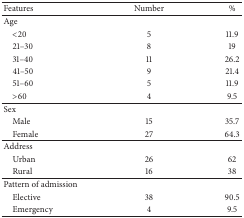
| Features | Number | % |
 | --- | --- | --- |
 | Age |  |  |
 | <20 | 5 | 11.9 |
 | 21–30 | 8 | 19 |
 | 31–40 | 11 | 26.2 |
 | 41–50 | 9 | 21.4 |
 | 51–60 | 5 | 11.9 |
 | >60 | 4 | 9.5 |
 | Sex |  |  |
 | Male | 15 | 35.7 |
 | Female | 27 | 64.3 |
 | Address |  |  |
 | Urban | 26 | 62 |
 | Rural | 16 | 38 |
 | Pattern of admission |  |  |
 | Elective | 38 | 90.5 |
 | Emergency | 4 | 9.5 |